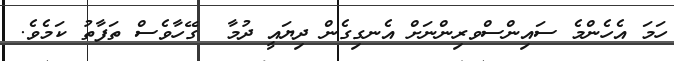
ހަމަ އެހެންމެ ސައިންސްވރިންނަށް އެނގިގެން ދިޔައީ ދުމާ  ގޭހާވެސް ތަފާތު ކަމެވެ.